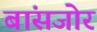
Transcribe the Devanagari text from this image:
बांसजोर